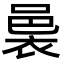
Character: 𮖄